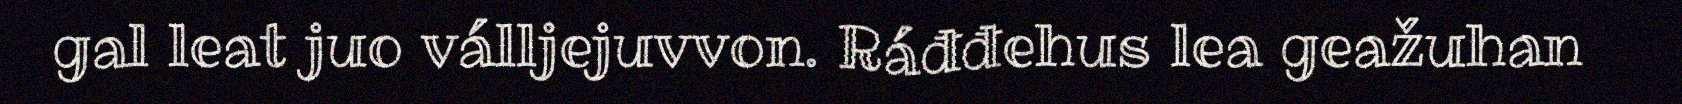
gal leat juo válljejuvvon. Ráđđehus lea geažuhan